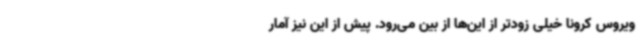
ویروس کرونا خیلی زودتر از این‌ها از بین می‌رود. پیش از این نیز آمار